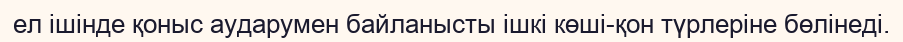
ел ішінде қоныс аударумен байланысты ішкі көші-қон түрлеріне бөлінеді.